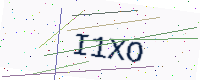
Text: I1XO